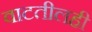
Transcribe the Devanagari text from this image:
वाटतीलही